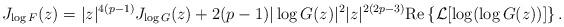
LaTeX: \begin{align*}J_{\log F} (z)=|z|^{4(p-1)}J_{\log G}(z)+ 2(p-1)|\log G(z)|^{2}|z|^{2(2p-3)}{\rm Re} \left\{\mathcal{L}[\log (\log G(z))]\right\}.\end{align*}